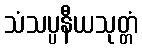
သံသပ္ပနီယသုတ္တံ